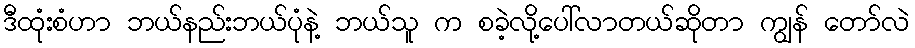
ဒီထုံးစံဟာ ဘယ်နည်းဘယ်ပုံနဲ့ ဘယ်သူ က စခဲ့လို့ပေါ်လာတယ်ဆိုတာ ကျွန် တော်လဲ